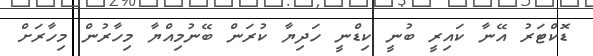
ޑޮކްޓަރު އޭނާ ކައިރީ ބުނީ ކިޑްނީ ހަދިޔާ ކުރަން ބޭނުމިއްޔާ މިހާރުން މިހާރަށް